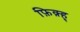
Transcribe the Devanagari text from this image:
फ़िक़्ह्